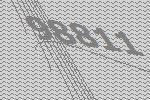
98811